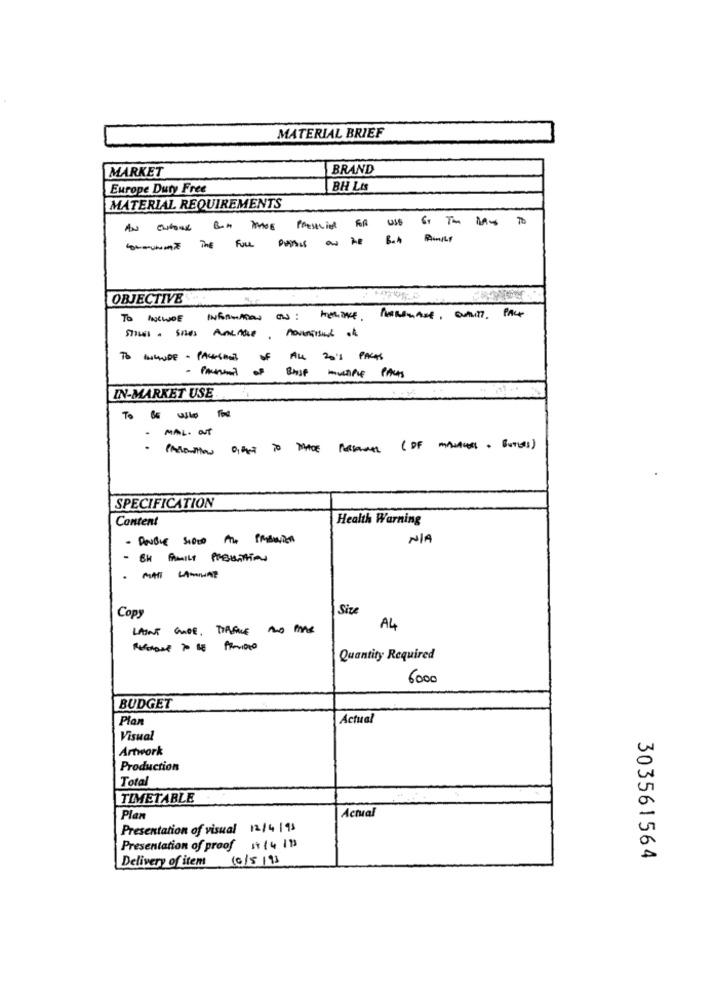
MATERIAL BRIEF
BRAND
MARKET
Europe Duty Free
BH Lis
MATERIAL REQUIREMENTS
PRESENTE FOR USE OF TOMATO
A- ---
OBJECTIVE
TO INCWOE
Informtion as: HOLDE, PURsmart, Butits, PACK
TO BUDE - PACKSHOT
of ALL 201 PACKS
IN-MARKET USE
To BE used for
MAL. OUT
.
SPECIFICATION
Content
Health Warning
-------
BH FAMILY PRESENTION
Copy
Site
LAINS GUIDE , TIPSMILE NO MAS
A4
----
Quantity Required
6000
BUDGET
Plan
Actual
Visual
Artwork
Production
Total
TIMETABLE
Plan
Actual
Presentation of visual 12/4 |13
Presentation of proof st ( 4 11)
Delivery of item 10/5/93
303561564